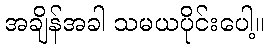
အချိန်အခါ သမယပိုင်းပေါ့။